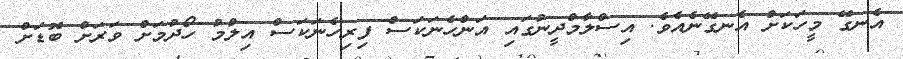
އެނގޭ މީހަކަށް އެނގޭނެއެވެ. އިސްލާމްދީނުގައި އަންހެނަކަސް ފިރިހެނަކަސް އިލްމު ހޯދުމަށް ވަރަށް ބޮޑަށް